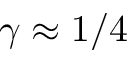
\gamma \approx 1 / 4